Vaccination in Bombay 1869-1873 - 1869-1873
Year: 1869
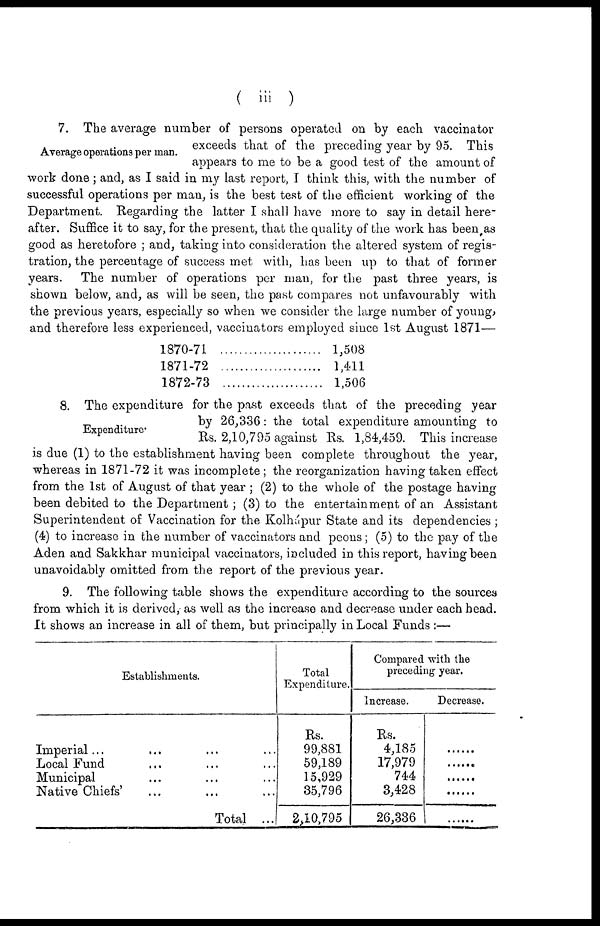
( iii )
Average operations per man.
7. The average number of persons operated on by each vaccinator
exceeds that of the preceding year by 95. This
appears to me to be a good test of the amount of
work done; and, as I said in my last report, I think this, with the number of
successful operations per man, is the best test of the efficient working of the
Department. Regarding the latter I shall have more to say in detail here-
after. Suffice it to say, for the present, that the quality of the work has been as
good as heretofore ; and, taking into consideration the altered system of regis-
tration, the percentage of success met with, has been up to that of former
years. The number of operations per man, for the past three years, is
shown below, and, as will be seen, the past compares not unfavourably with
the previous years, especially so when we consider the large number of young,
and therefore less experienced, vaccinators employed since 1st August 1871—
1870-71
1871-72
1872-73
1,508
1,411
1,506
Expenditure
8. The expenditure for the past exceeds that of the preceding year
by 26,336: the total expenditure amounting to
Rs. 2,10,795 against Rs. 1,84,459. This increase
is due (1) to the establishment having been complete throughout the year,
whereas in 1871-72 it was incomplete; the reorganization having taken effect
from the 1st of August of that year ; (2) to the whole of the postage having
been debited to the Department ; (3) to the entertainment of an Assistant
Superintendent of Vaccination for the Kolhápur State and its dependencies ;
(4) to increase in the number of vaccinators and peons ; (5) to the pay of the
Aden and Sakkhar municipal vaccinators, included in this report, having been
unavoidably omitted from the report of the previous year.
9. The following table shows the expenditure according to the sources
from which it is derived, as well as the increase and decrease under each head.
It shows an increase in all of them, but principally in Local Funds :—
Establishments.
Imperial... ... ...
Local Fund... ... ...
Municipal... ... ...
Native Chiefs'... ... ...
Total ...
Total
Expenditure.
Rs.
99,881
59,189
15,929
35,796
2,10,795
Compared with the
preceding year.
Increase.
Rs.
4,185
17,979
744
3,428
26,336
Decrease.
......
.......
......
......
......